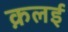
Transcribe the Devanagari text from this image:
क़लई